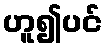
ဟူ၍ပင်